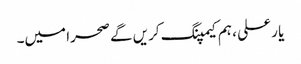
یا ر علی ، ہم کیمپنگ کریں گے صحرا میں۔